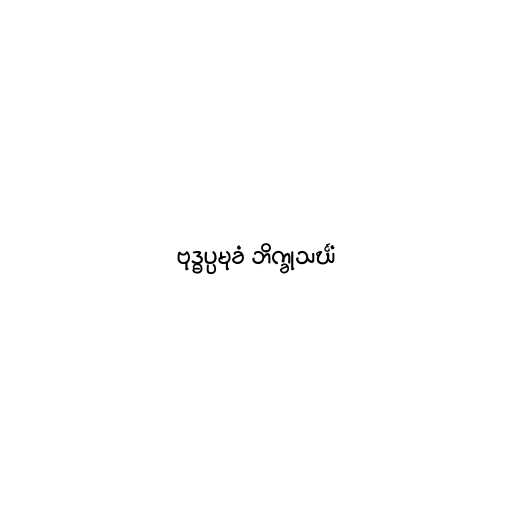
ဗုဒ္ဓပ္ပမုခံ ဘိက္ခုသင်္ဃံ